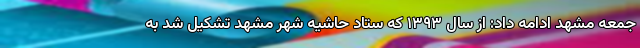
جمعه مشهد ادامه داد: از سال ۱۳۹۳ که ستاد حاشیه شهر مشهد تشکیل شد به